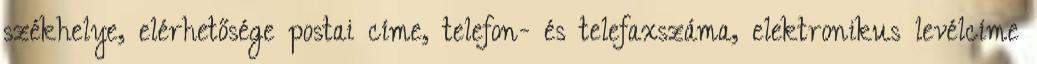
székhelye, elérhetősége postai címe, telefon- és telefaxszáma, elektronikus levélcíme